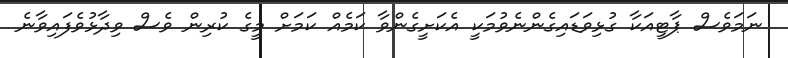
ނަމަވެސް ޕާޓީއަކާ ގުޅިވަޑައިގެންނެވުމަކީ އެކަށީގެންވާ ކަމެއް ކަމަށް މީގެ ކުރިން ވެސް ވިދާޅުވެފައިވާނެ